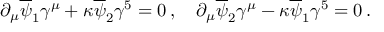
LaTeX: \partial _ { \mu } \overline { { \psi } } _ { 1 } \gamma ^ { \mu } + \kappa \overline { { \psi } } _ { 2 } \gamma ^ { 5 } = 0 \, , \quad \partial _ { \mu } \overline { { \psi } } _ { 2 } \gamma ^ { \mu } - \kappa \overline { { \psi } } _ { 1 } \gamma ^ { 5 } = 0 \, .